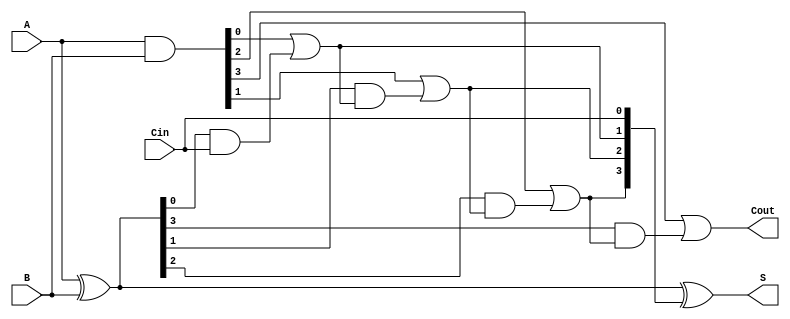
module RCLA #(parameter n = 4) (
    input  [n-1:0] A,      // First operand
    input  [n-1:0] B,      // Second operand
    input          Cin,     // Carry input
    output [n-1:0] S,      // Sum output
    output         Cout     // Carry output
);

    // Generate and Propagate signals
    wire [n-1:0] G; // Generate signals
    wire [n-1:0] P; // Propagate signals
    wire [n:0] C;   // Carry signals

    // Generate and Propagate logic
    assign G = A & B;          // Gi = Ai AND Bi
    assign P = A ^ B;          // Pi = Ai XOR Bi

    // Carry Lookahead Logic
    assign C[0] = Cin;         // C0 = Cin
    assign C[1] = G[0] | (P[0] & C[0]); // C1 = G0 + (P0 AND C0)
    
    genvar i;
    generate
        for (i = 1; i < n; i = i + 1) begin : carry_logic
            assign C[i + 1] = G[i] | (P[i] & C[i]); // Ci+1 = Gi + (Pi AND Ci)
        end
    endgenerate

    // Sum Calculation
    assign S = A ^ B ^ C[n-1:0]; // Si = Ai XOR Bi XOR Ci

    // Carry output
    assign Cout = C[n]; // Cout = Cn

endmodule